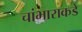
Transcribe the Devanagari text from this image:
चांभाराकडे